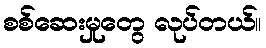
စစ်ဆေးမှုတွေ လုပ်တယ်။